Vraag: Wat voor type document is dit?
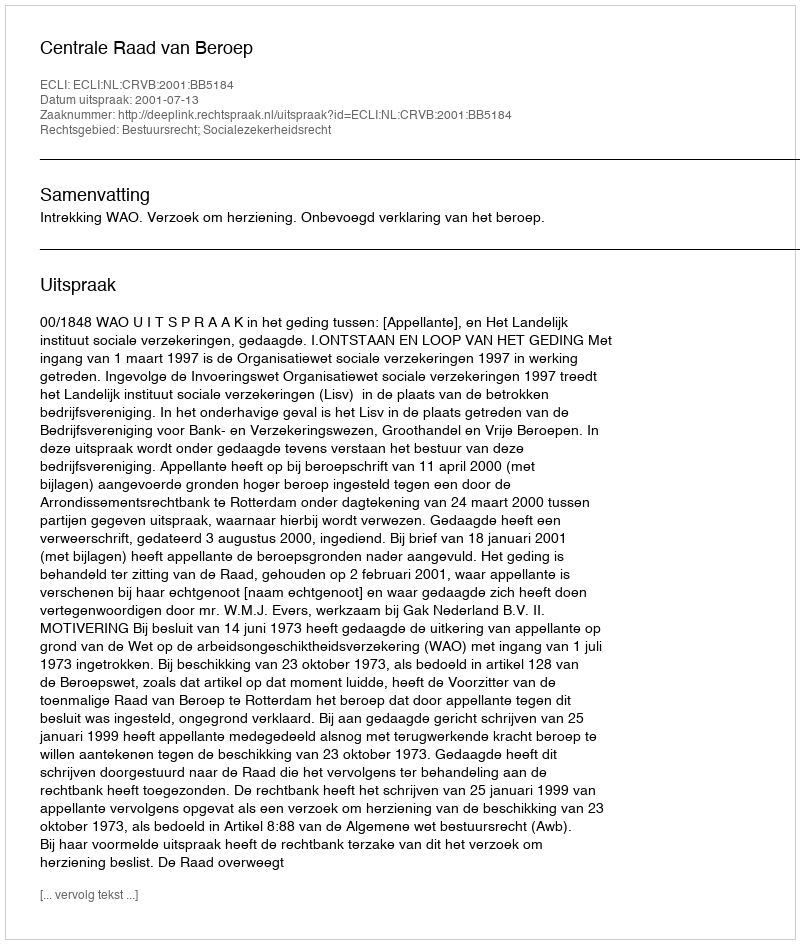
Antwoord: Uitspraak